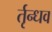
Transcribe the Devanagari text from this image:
र्तृन्धव